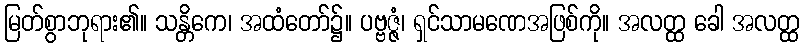
မြတ်စွာဘုရား၏။ သန္တိကေ၊ အထံတော်၌။ ပဗ္ဗဇ္ဇံ၊ ရှင်သာမဏေအဖြစ်ကို။ အလတ္ထ ခေါ အလတ္ထ